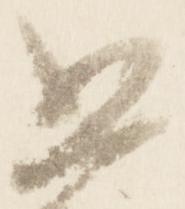
思